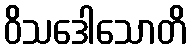
ဝိသဒေါသောတိ